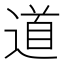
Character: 道